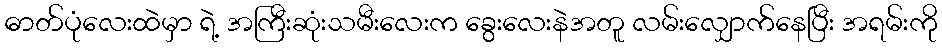
ဓာတ်ပုံလေးထဲမှာ ရဲ့ အကြီးဆုံးသမီးလေးက ခွေးလေးနဲအတူ လမ်းလျှောက်နေပြီး အရမ်းကို